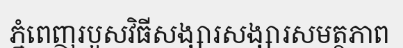
ភ្នំពេញរបួសវិធីសង្សារសង្សារសមត្ថភាព